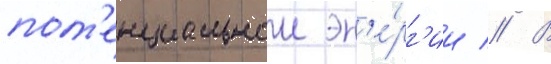
пот'енциальнои эн'е́рг'ии // В